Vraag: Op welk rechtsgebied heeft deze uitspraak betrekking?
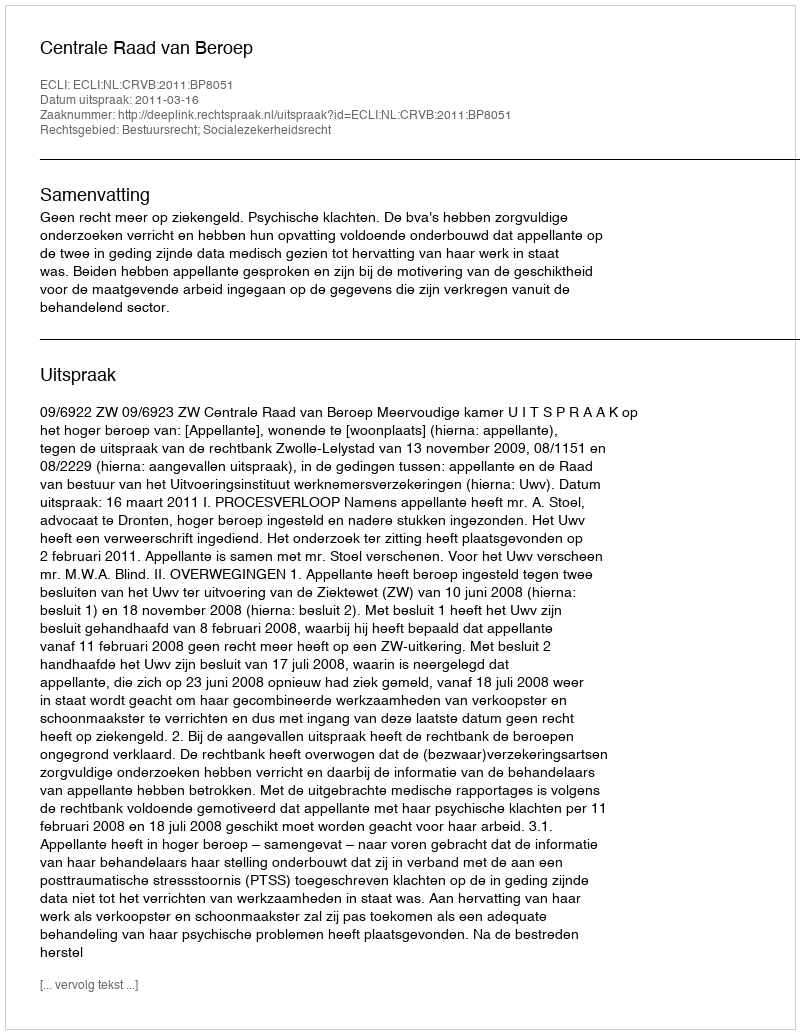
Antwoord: Bestuursrecht; Socialezekerheidsrecht